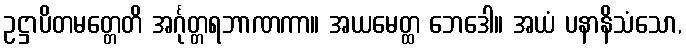
ဥဋ္ဌာပိတမတ္တေတိ အင်္ဂုတ္တရဘာဏကာ။ အယမေတ္ထ ဘေဒေါ။ အယံ ပနာနိသံသော,